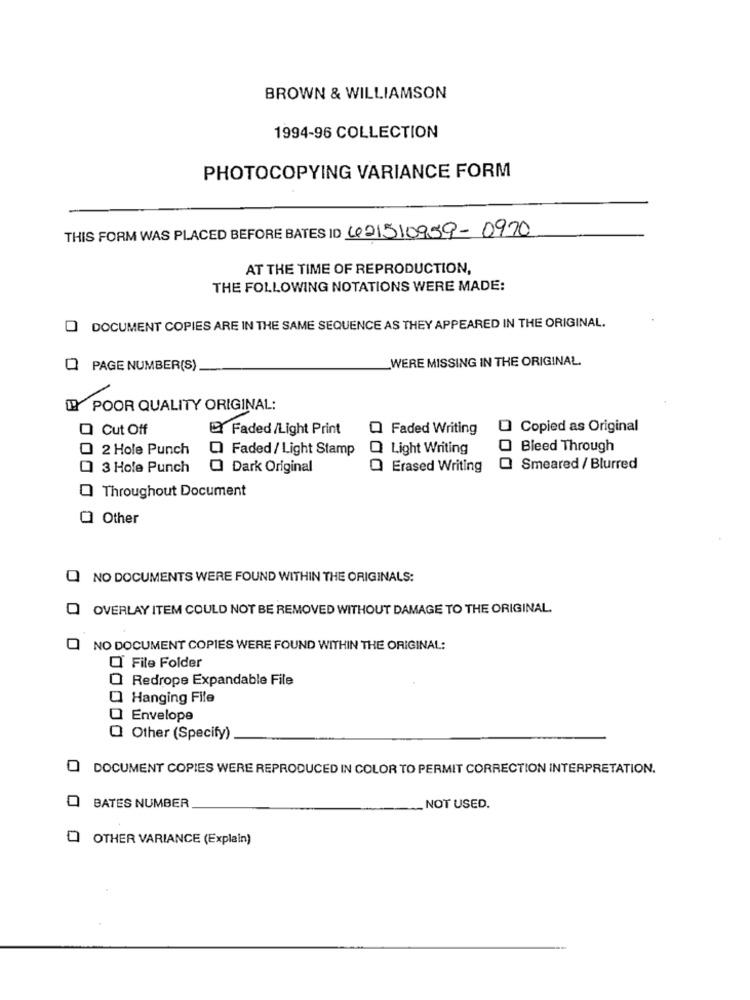
BROWN & WILLIAMSON
1994-96 COLLECTION
PHOTOCOPYING VARIANCE FORM
THIS FORM WAS PLACED BEFORE BATES ID 621510959-0970
AT THE TIME OF REPRODUCTION,
THE FOLLOWING NOTATIONS WERE MADE:
DOCUMENT COPIES ARE IN THE SAME SEQUENCE AS THEY APPEARED IN THE ORIGINAL.
WERE MISSING IN THE ORIGINAL.
PAGE NUMBER(S)
1 POOR QUALITY ORIGINAL:
Cut Off
Faded/Light Print
Q Faded Writing
O Copied as Original
2 Hole Punch
Q Faded / Light Stamp
Light Writing
Bleed Through
3 Hole Punch
O Dark Original
Erased Writing
Smeared / Blurred
Throughout Document
Other
NO DOCUMENTS WERE FOUND WITHIN THE ORIGINALS:
OVERLAY ITEM COULD NOT BE REMOVED WITHOUT DAMAGE TO THE ORIGINAL.
NO DOCUMENT COPIES WERE FOUND WITHIN THE ORIGINAL:
File Folder
Redrope Expandable File
Hanging File
Envelope
Other (Specify)
O DOCUMENT COPIES WERE REPRODUCED IN COLOR TO PERMIT CORRECTION INTERPRETATION.
0
BATES NUMBER
. NOT USED.
OTHER VARIANCE (Explain)